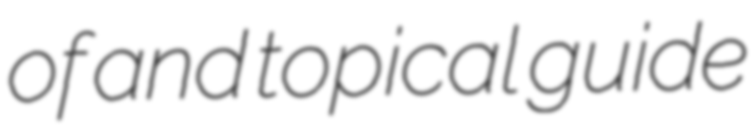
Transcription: of and topical guide